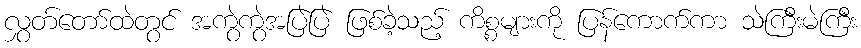
လွှတ်တော်ထဲတွင် အကွဲကွဲအပြဲပြဲ ဖြစ်ခဲ့သည့် ကိစ္စများကို ပြန်ကောက်ကာ သဲကြီးမဲကြီး